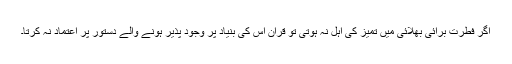
اگر فطرت برائی بھلائی میں تمیز کی اہل نہ ہوتی تو قرآن اس کی بنیاد پر وجود پذیر ہونے والے دستور پر اعتماد نہ کرتا۔